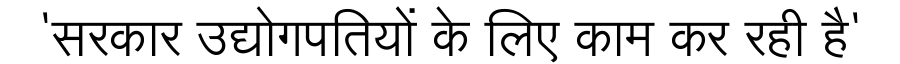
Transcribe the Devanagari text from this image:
'सरकार उद्योगपतियों के लिए काम कर रही है'